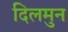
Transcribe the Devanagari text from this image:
दिलमुन